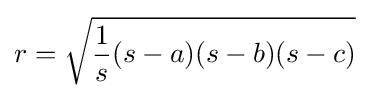
r={\sqrt {{\frac {1}{s}}(s-a)(s-b)(s-c)}}